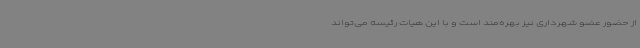
از حضور عضو شهرداری نیز بهره‌مند است و با این هیات رئیسه می‌تواند